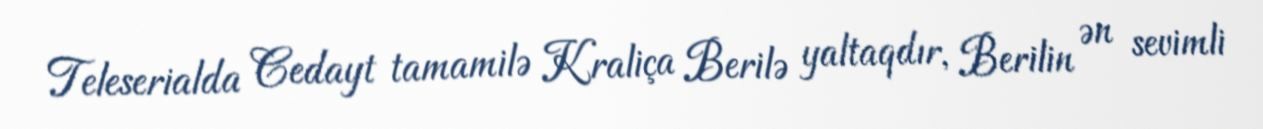
Teleserialda Cedayt tamamilə Kraliça Berilə yaltaqdır, Berilin ən sevimli